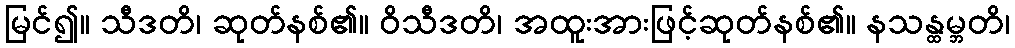
မြင်၍။ သီဒတိ၊ ဆုတ်နစ်၏။ ဝိသီဒတိ၊ အထူးအားဖြင့်ဆုတ်နစ်၏။ နသန္ထမ္ဘတိ၊